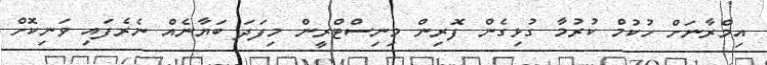
އިމްރާނަށް ހުކުމް ކުރުމާ ގުޅިގެން ފޮރިން މިނިސްޓްރީން މިފަދަ ބަޔާނެއް ނެރެފައި ވަނިކޮށް